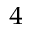
^ { 4 }